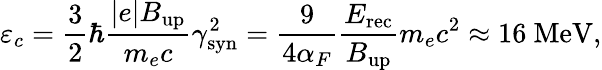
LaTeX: \varepsilon_{c}=\frac{3}{2}\hbar\frac{|e|B_{\mathrm{up}}}{m_{e}c}\gamma_{\mathrm{syn}}^{2}=\frac{9}{4\alpha_{F}}\frac{E_{\mathrm{rec}}}{B_{\mathrm{up}}}m_{e}c^{2}\approx 16~\textrm{MeV},